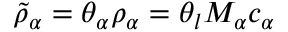
\widetilde { \rho } _ { \alpha } = \theta _ { \alpha } \rho _ { \alpha } = \theta _ { l } M _ { \alpha } c _ { \alpha }